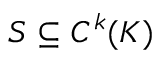
S \subseteq C ^ { k } ( K )